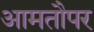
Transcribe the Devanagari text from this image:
आमतौपर